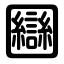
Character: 圝